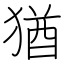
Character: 猶